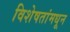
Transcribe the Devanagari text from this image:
विशेषतांमधून